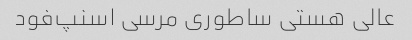
عالی هستی ساطوری مرسی اسنپ‌فود